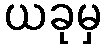
ယခုမှ